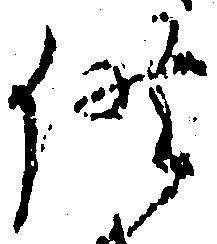
供